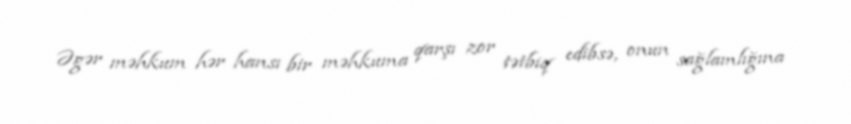
Əgər məhkum hər hansı bir məhkuma qarşı zor tətbiq edibsə, onun sağlamlığına